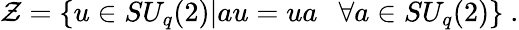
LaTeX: {\cal Z}=\{ u\in SU_{q}(2)|au=ua~~~\forall a\in SU_{q}(2)\} ~.